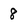
Character: 8